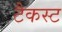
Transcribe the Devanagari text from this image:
टैकस्ट